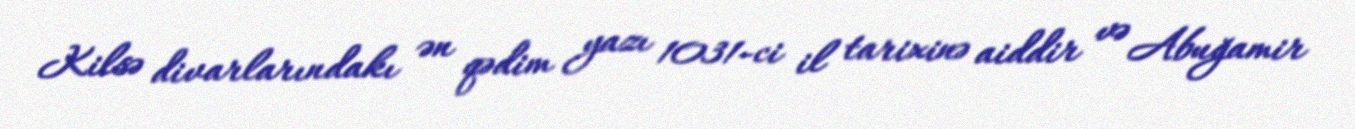
Kilsə divarlarındakı ən qədim yazı 1031-ci il tarixinə aiddir və Abuğamir